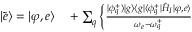
\begin{array} { r l } { | \tilde { e } \rangle = | \varphi , e \rangle } & { { } + \sum _ { q } \Big \{ \frac { | \phi _ { q } ^ { + } \rangle | g \rangle \langle g | \langle \phi _ { q } ^ { + } | \hat { H } _ { I } | \varphi , e \rangle } { \omega _ { e } - \omega _ { q } ^ { + } } } \end{array}